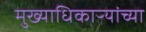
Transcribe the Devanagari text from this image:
मुख्याधिकाऱ्यांच्या